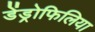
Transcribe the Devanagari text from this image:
डेंड्रोफिलिया